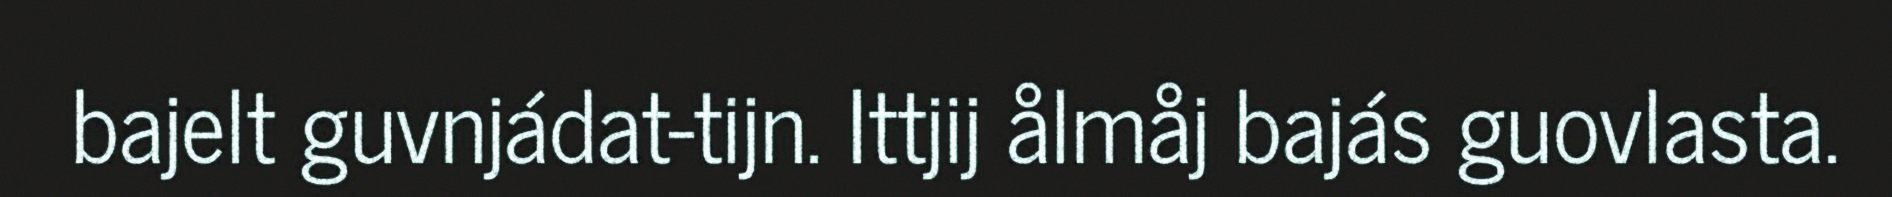
bajelt guvnjádat-tijn. Ittjij ålmåj bajás guovlasta.